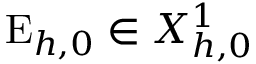
\mathrm { E } _ { h , 0 } \in X _ { h , 0 } ^ { 1 }